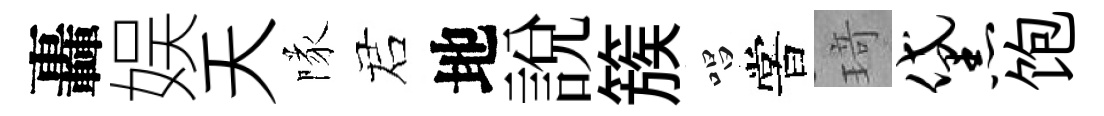
轟娱天隊诺地説簇唱嘗𤦺黛饱